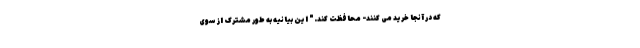
که در آنجا خرید می کنند- محافظت کند." این بیانیه به طور مشترک از سوی